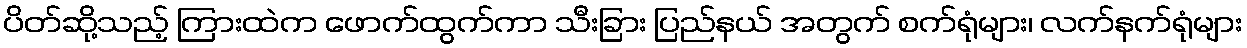
ပိတ်ဆို့သည့် ကြားထဲက ဖောက်ထွက်ကာ သီးခြား ပြည်နယ် အတွက် စက်ရုံများ၊ လက်နက်ရုံများ